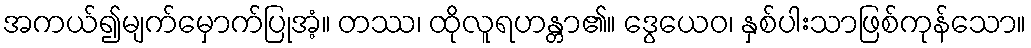
အကယ်၍မျက်မှောက်ပြုအံ့။ တဿ၊ ထိုလူရဟန္တာ၏။ ဒွေယေဝ၊ နှစ်ပါးသာဖြစ်ကုန်သော။